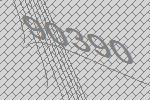
90390